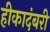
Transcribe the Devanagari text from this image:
हीकादंबरी